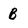
Character: B